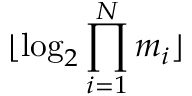
\lfloor \log _ { 2 } \prod _ { i = 1 } ^ { N } m _ { i } \rfloor